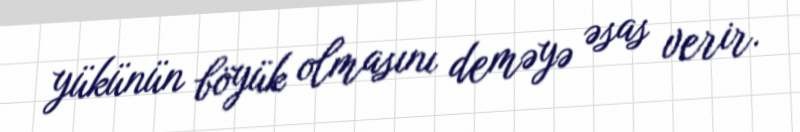
yükünün böyük olmasını deməyə əsas verir.